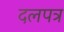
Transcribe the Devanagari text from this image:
दलपत्र